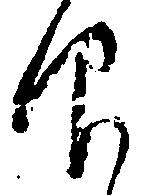
仰